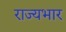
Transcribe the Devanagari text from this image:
राज्‍यभार